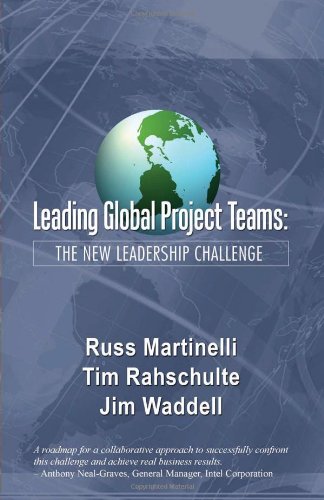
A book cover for Leading Global Project Teams: The New Leadership Challenge; Russ J. Martinelli; Business & Money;